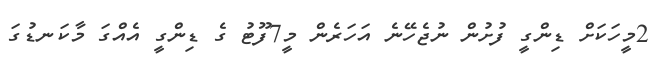
2މީހަކަށް ޑިންގީ ފުށުން ނުޖެހޭނެ އަހަރެން މީ7ފޫޓު ގެ ޑިންގީ އެއްގަ މާކަނޑުގަ